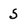
Character: 5